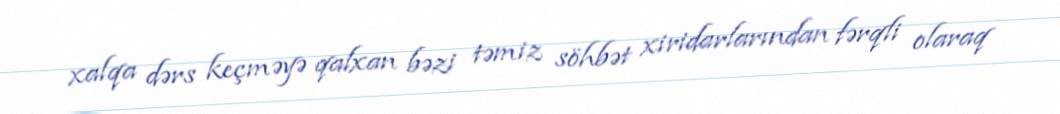
xalqa dərs keçməyə qalxan bəzi təmiz söhbət xiridarlarından fərqli olaraq